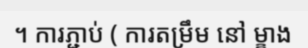
។ ការភ្ជាប់ ( ការតម្រឹម នៅ ម្ខាង